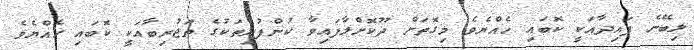
ލިބޭނެ ފައިދާއަކީ ކޮބައި ހެއްޔެވެ މިގޮތަށް ދޫކޮށްލާފައިވާ ކުންފުނިތަކުގެ ތަޖުރިބާއަކީ ކޮބައި ހެއްޔެވެ